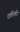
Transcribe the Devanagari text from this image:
दकीकी